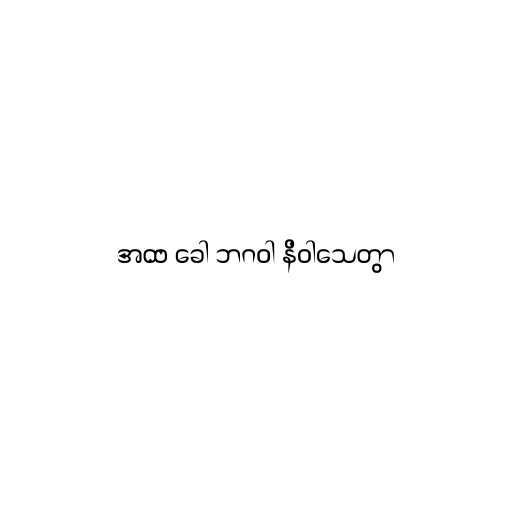
အထ ခေါ ဘဂဝါ နိဝါသေတွာ